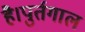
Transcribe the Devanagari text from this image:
है।पुर्तगाल